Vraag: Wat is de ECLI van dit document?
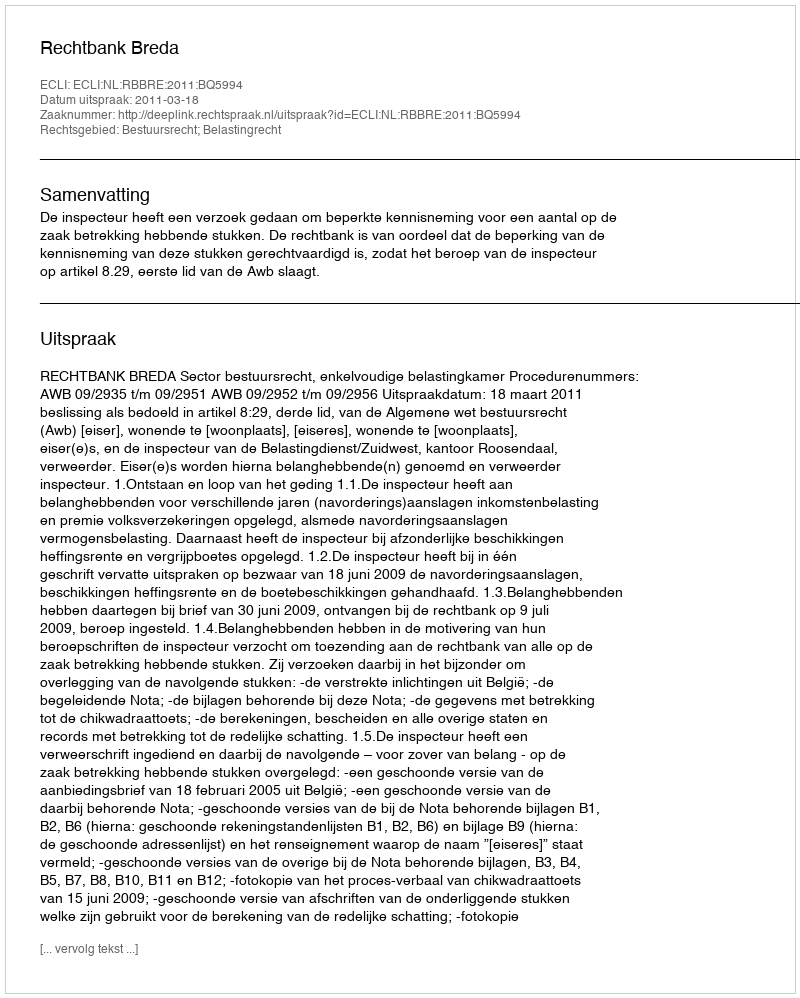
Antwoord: ECLI:NL:RBBRE:2011:BQ5994